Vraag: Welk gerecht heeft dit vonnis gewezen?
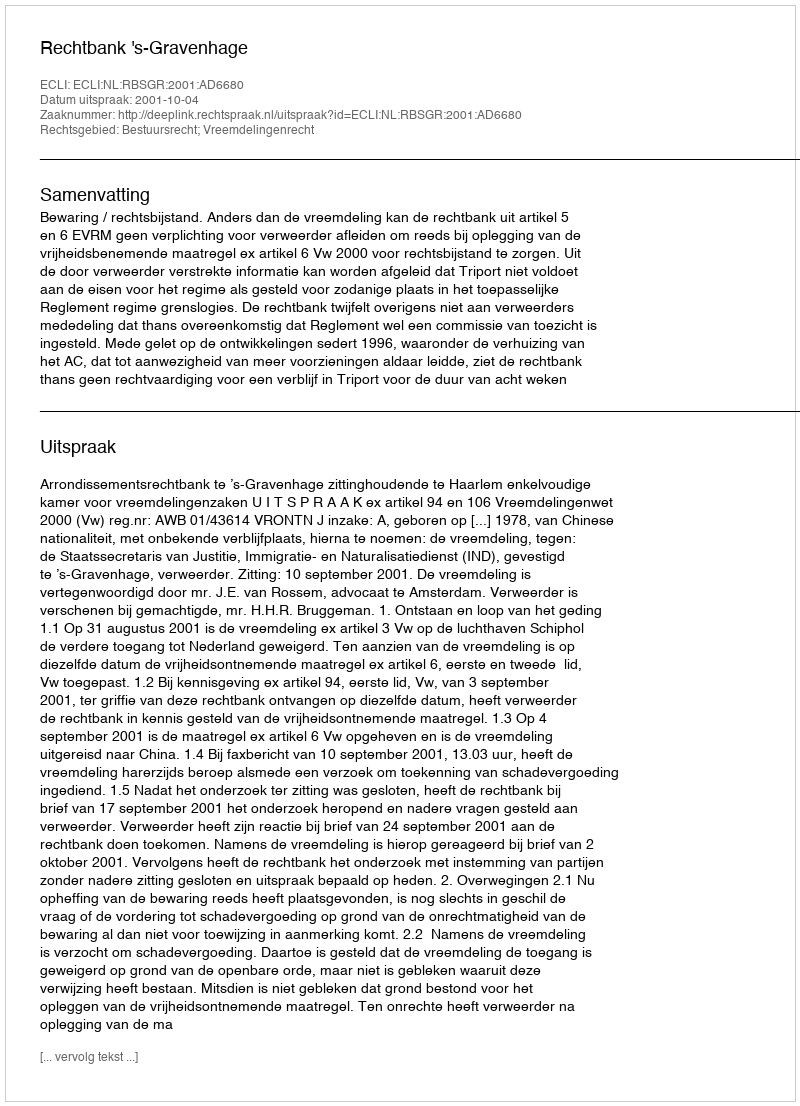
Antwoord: Rechtbank 's-Gravenhage